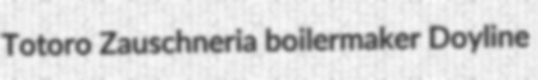
Totoro Zauschneria boilermaker Doyline